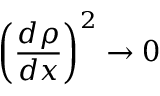
\left( \frac { d \rho } { d x } \right) ^ { 2 } \to 0